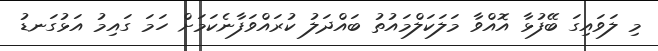
މި ލަވައިގަ ބޭފުޅާ އޮއްވާ މަލަކަލްމައުތު ބައްދަލު ކުރައްވަފާނެކަމަށް ހަމަ ގައިމު އަޅުގަނޑު